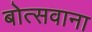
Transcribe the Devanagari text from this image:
बोत्‍सवाना